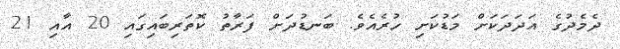
ދެމެދުގެ އަދަދަކަށް މަޑުކަށި ހުރެއެވެ. ބަނޑުދަށް ފަރާތު ކޮތަރިބައިގައި 20 އާއި 21